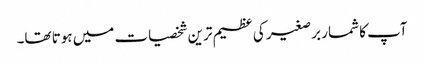
آپ کا شمار برصغیر کی عظیم ترین شخصیات میں ہوتا تھا۔